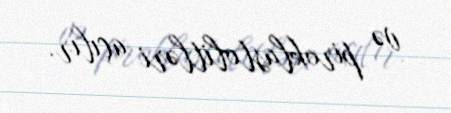
və piroklastolitləri açılır.